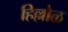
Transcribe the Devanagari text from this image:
हिल्लोळ